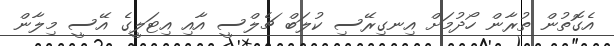
އެގޮތުން ތުރާން ހޯދުމަށް އިނގިރޭސި ކުލަބް ޗެލްސީ އާއި އިޓަލީގެ އޭސީ މިލާން